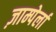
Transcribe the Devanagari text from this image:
ज़ाम्पेर्ला